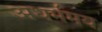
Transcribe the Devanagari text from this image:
अधर्ममय